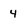
Character: 4